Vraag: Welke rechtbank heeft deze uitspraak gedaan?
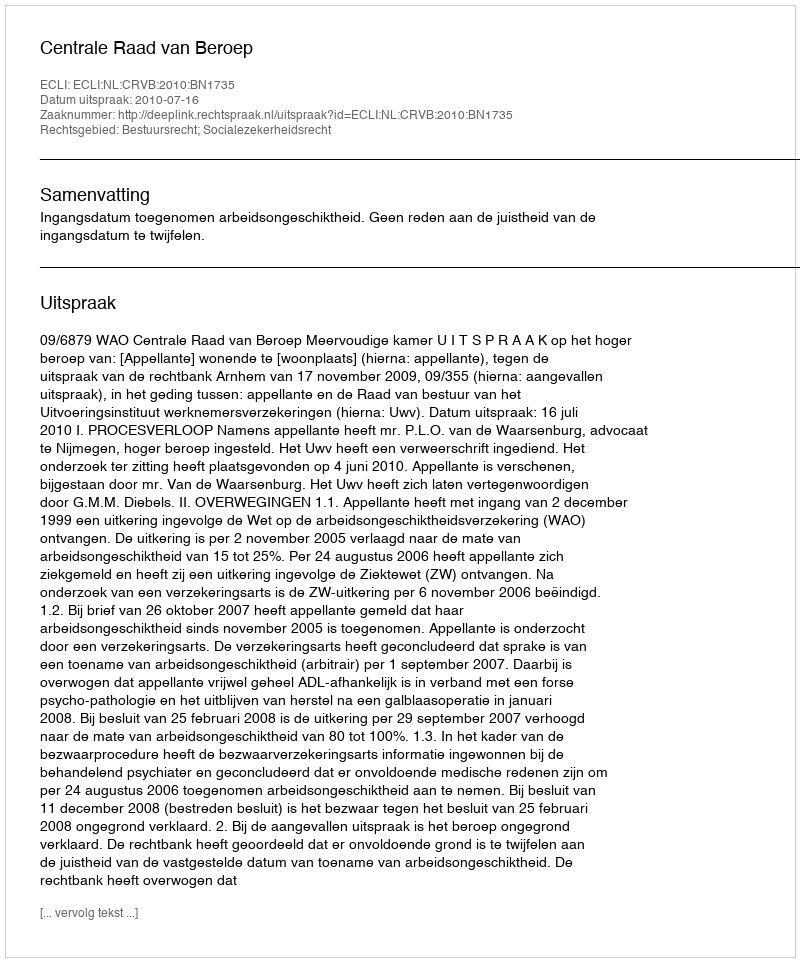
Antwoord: Centrale Raad van Beroep